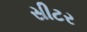
સીટર